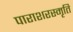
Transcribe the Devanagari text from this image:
पाराशरस्मृति